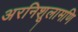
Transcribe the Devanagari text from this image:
अरनिशूलामणि